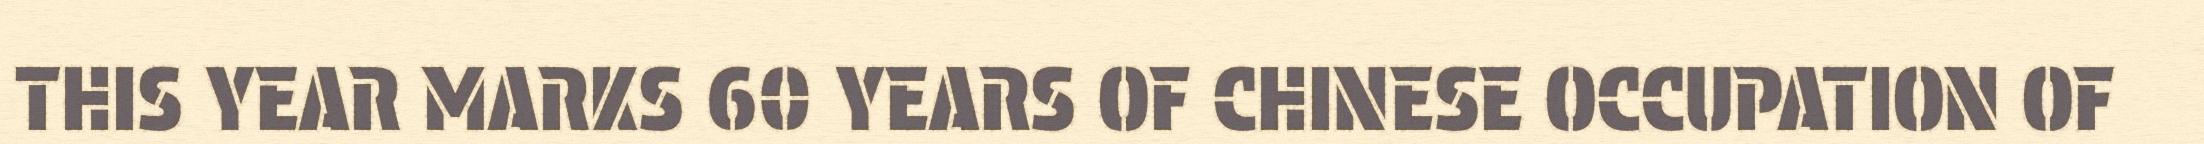
THIS YEAR MARKS 60 YEARS OF CHINESE OCCUPATION OF